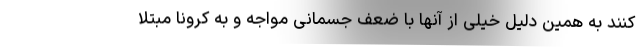
کنند به همین دلیل خیلی از آنها با ضعف جسمانی مواجه و به کرونا مبتلا